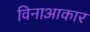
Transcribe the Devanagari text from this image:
विनाआकार